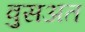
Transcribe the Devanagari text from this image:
वुसअत